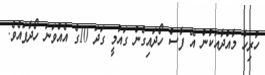
ހުރިހާ މާއްދާއަކުން އޭ ފާސް ހޯދައިގެން ގައުމީ ގަދަ 10ގެ އެއްވަނަ ހޯދާފައެވެ.